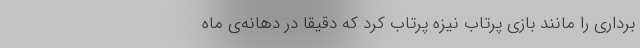
برداری را مانند بازی پرتاب نیزه پرتاب کرد که دقیقا در دهانه‌ی ماه